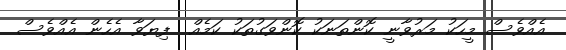
އެއްވެސް މީހަކު މަރުވާނީ ކޮންތަނަކު ކޮންވަގުތަކު ކަމެއް  ފިޔަވާ އެހެން އެއްވެސް